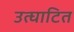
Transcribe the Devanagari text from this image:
उत्घाटित